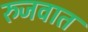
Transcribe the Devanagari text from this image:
रुजवात